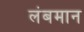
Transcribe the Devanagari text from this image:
लंबमान